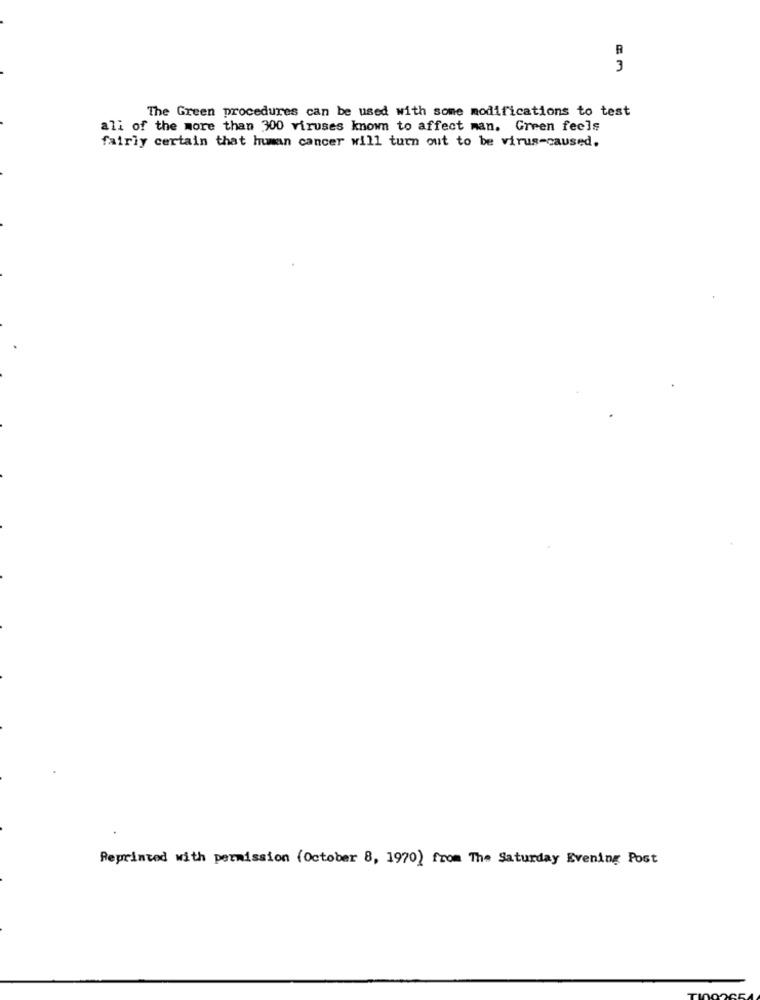
3
The Green procedures can be used with some modifications to test
ali of the more than 300 viruses known to affect man. Green feels
fairly certain that human cancer will turn out to be virus-caused.
Reprinted with permission (October 8, 1970) from The Saturday Evening Post